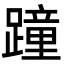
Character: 蹱